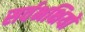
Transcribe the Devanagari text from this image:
सर्वभक्षियों